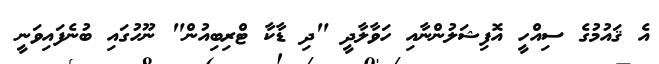
އެ ޤައުމުގެ ސިއްހީ އޮފިޝަލުންނާއި ހަވާލާދީ "ދި ޑާކާ ޓްރިބިއުން" ނޫހުގައި ބުނެފައިވަނީ